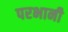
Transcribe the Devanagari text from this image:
परभानी